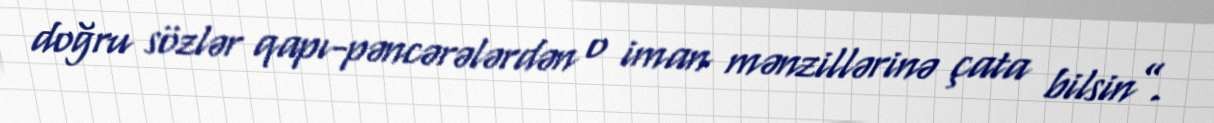
doğru sözlər qapı-pəncərələrdən o iman mənzillərinə çata bilsin”.